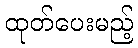
ထုတ်ပေးမည့်